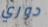
دوري